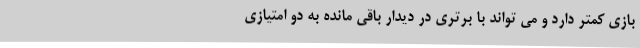
بازی کمتر دارد و می تواند با برتری در دیدار باقی مانده به دو امتیازی